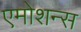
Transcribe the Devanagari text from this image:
एमोशन्स